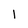
Character: l